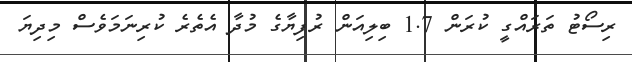
ރިސޯޓު ތަރައްގީ ކުރަން 1.7 ބިލިއަން ރުފިޔާގެ މުދާ އެތެރެ ކުރިނަމަވެސް މިދިޔަ